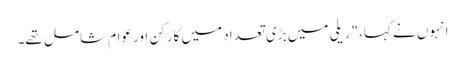
انہوں نے کہا، "ریلی میں بڑی تعداد میں کارکن اور عوام شامل تھے۔